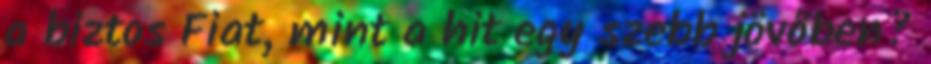
a biztos Fiat, mint a hit egy szebb jövőben?